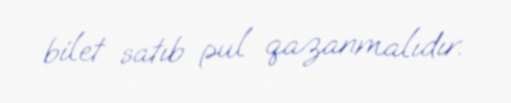
bilet satıb pul qazanmalıdır.